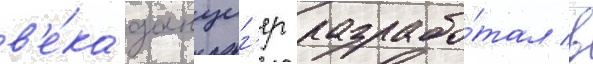
в'е́ка данциг'ер разрабо́тал в